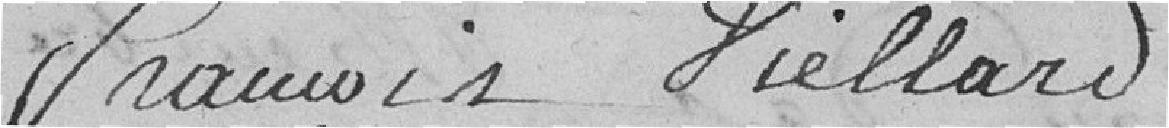
François Viellard